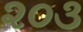
૨૦૩